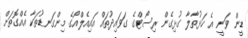
ޑީން ވަނީ އެ ހަޅުތާލާ ގުޅިގެން ރިސޯޓްގެ ގަވައިދުތައް އައިއެލްއޯގެ މިންގަނޑުތަކާ އެއްގޮތަށް